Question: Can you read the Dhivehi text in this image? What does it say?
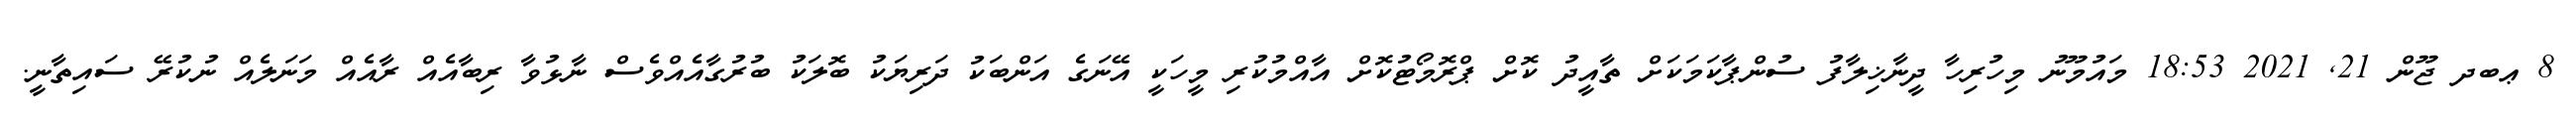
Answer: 8 ޢބދ ޖޫން 21, 2021 18:53 މައުމޫނު މިހުރިހާ ދީނާޚިލާފު ސުންޕާކަމަކަށް ތާއީދު ކޮށް ޕްރޮމޯޓުކޮށް އާއްމުކުރި މީހަކީ އޭނަގެ އަންބަކު ދަރިޔަކު ބޮލަކު ބުރުގާއެއްވެސް ނާޅުވާ ރިބާއެއް ރާއެއް މަނަލެއް ނުކުރޭ ސައިތާނީ.